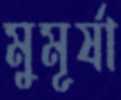
মুমূর্ষা